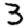
Digit: 3